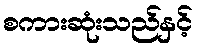
စကားဆုံးသည်နှင့်